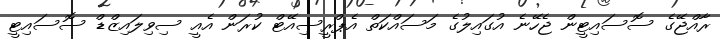
ރާއްޖޭގެ ސޮސައިޓީން ޖެހޭނެ އުގައިލުގެ މަސައްކަތް އެޕްރީސިއޭޓް ކުރަން އެއީ ސިވިލައިޒްޑް ސޮސައިޓީ